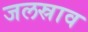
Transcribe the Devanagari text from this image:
जलस्राव